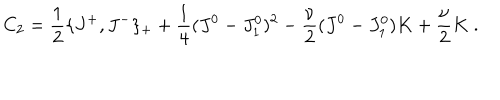
C _ { 2 } = { \frac { 1 } { 2 } } \{ J ^ { + } , J ^ { - } \} _ { + } + { \frac { 1 } { 4 } } ( J ^ { 0 } - J _ { 1 } ^ { 0 } ) ^ { 2 } - { \frac { \nu } { 2 } } ( J ^ { 0 } - J _ { 1 } ^ { 0 } ) K + { \frac { \nu } { 2 } } K \ .